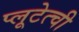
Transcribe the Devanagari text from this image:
प्लूटेत्ची